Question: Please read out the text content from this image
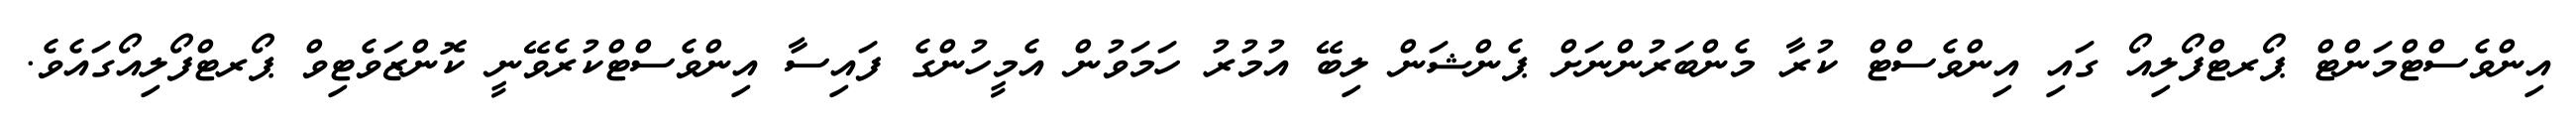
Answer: އިންވެސްޓްމަންޓް ޕޯރޓްފޯލިއޯ ގައި އިންވެސްޓް ކުރާ މެންބަރުންނަށް ޕެންޝަން ލިބޭ އުމުރު ހަމަވުން އެމީހުންގެ ފައިސާ އިންވެސްޓްކުރެވޭނީ ކޮންޒަވެޓިވް ޕޯރޓްފޯލިއޯގައެވެ.